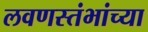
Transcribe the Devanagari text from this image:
लवणस्तंभांच्या